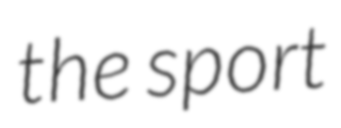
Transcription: the sport